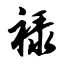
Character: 禄